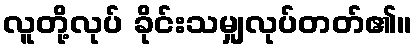
လူတို့လုပ် ခိုင်းသမျှလုပ်တတ်၏။